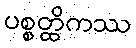
ပစ္စတ္ထိကဿ